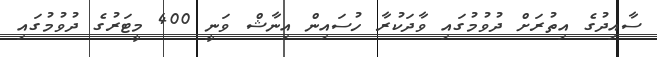
ސާއިދުގެ އިތުރަށް ދުވުމުގައި ވާދަކުރާ ހުސައިން އިނާޝް ވަނީ 400 މީޓަރުގެ ދުވުމުގައި